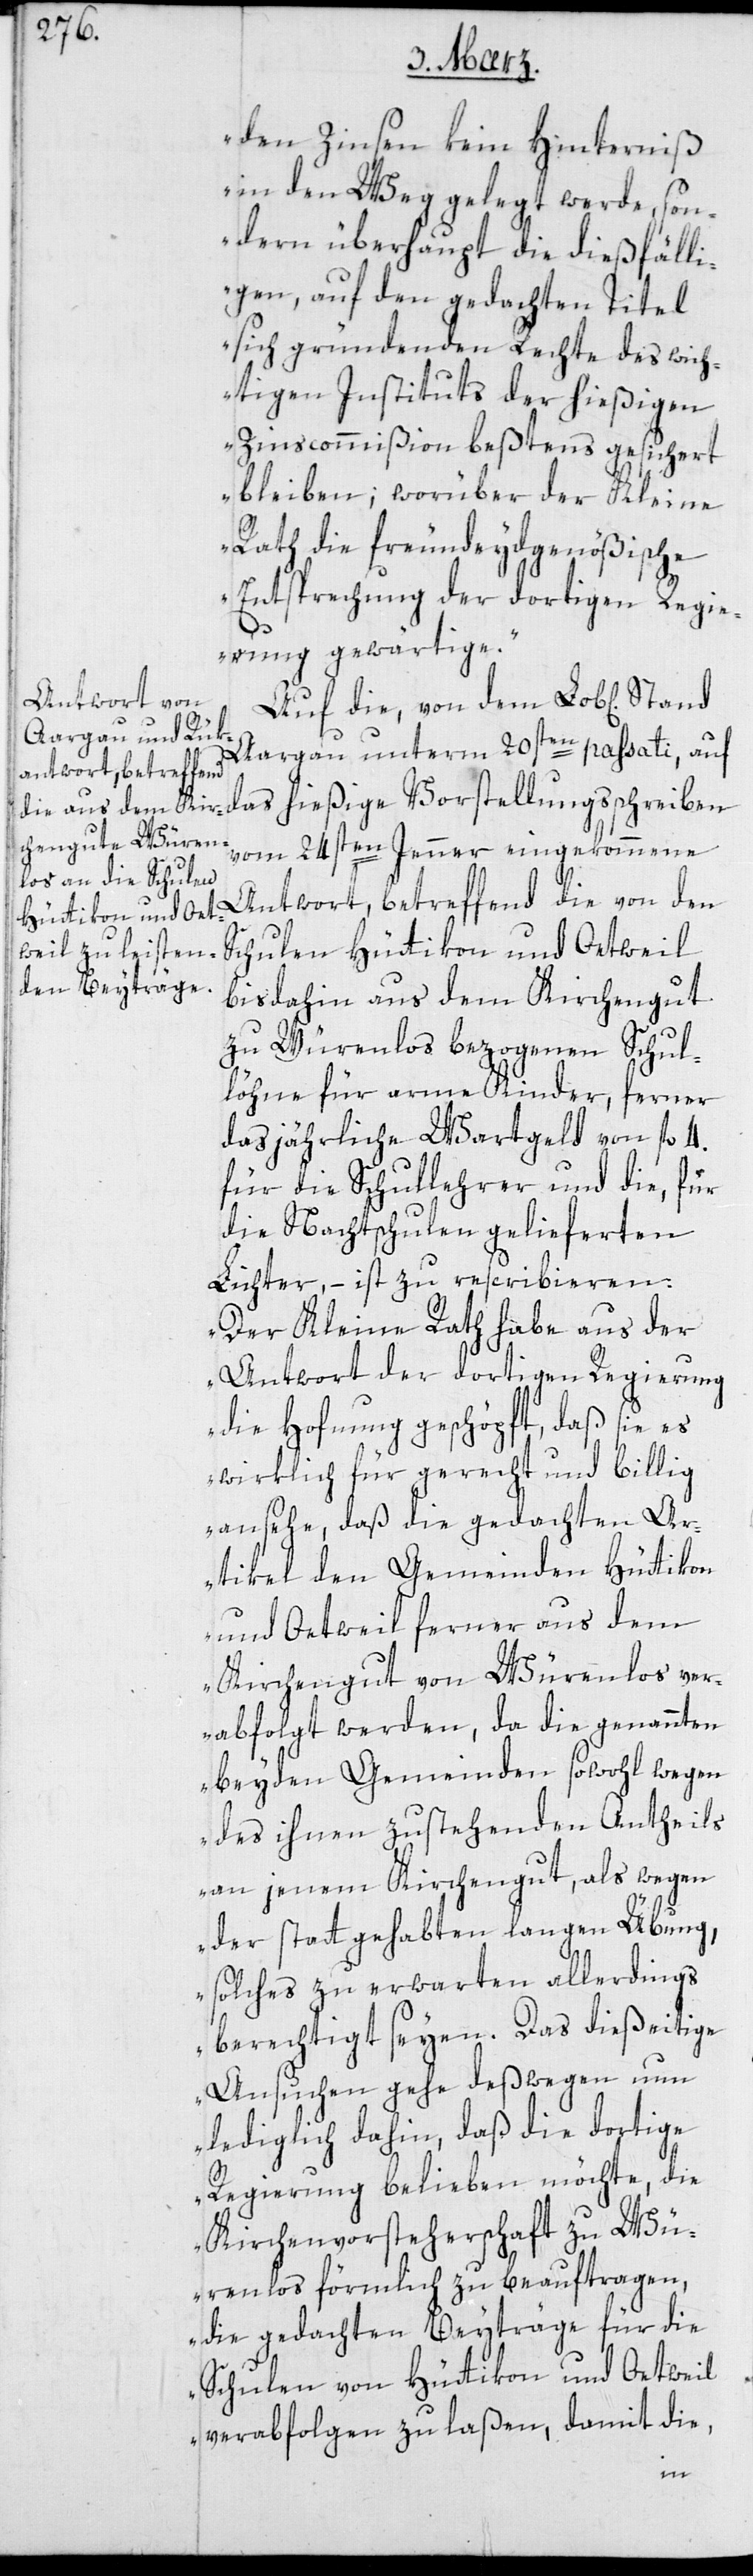
den Zinsen kein Hindernis
in den Weg gelegt werde, son¬
dern überhaupt die dießfälli¬
gen, auf den gedachten Titel
sich gründenden Rechte des wich¬
tigen Instituts der hießigen
Zinscommißion beßtens gesichert
bleiben, worüber der Kleine
Rath die freundeydgenößische
Entsprechung der dortigen Regie¬
rung gewärtige“.
Auf die, von dem Lob[lichen]
Aargau unterm 20sten passati, auf
das hießige Vorstellungsschreiben
vom 24sten Jenner eingekommene
Antwort, betreffend die von den
Schulen Hüttikon und Oetweil
bis dahin aus dem Kirchengut
zu Würenlos bezogenen Schul¬
löhne für arme Kinder, ferner
das jährliche Wartgeld von fl. 4.
für die Schullehrer und die, für
die Nachtschulen gelieferten
Lichter, – ist zu rescribieren:
„Der Kleine Rath habe aus der
Antwort der dortigen Regierung
die Hoffnung geschöpft, daß sie es
wirklich für gerecht und billig
ansehe, daß die gedachten Ar¬
tikel den Gemeinden Hüttikon
und Oetwil ferner aus dem
Kirchgut von Würenlos ver¬
abfolgt werden, da die genannten
beyden Gemeinden sowohl wegen
des ihnen zustehenden Antheils
an jenem Kirchengut, als wegen
der statt gehabten langen Übung,
solches zu erwarten allerdings
berechtigt seyen. Das dießeitige
Ansuchen gehe deßwegen nun
lediglich dahin, daß die dortige
Regierung belieben möchte, die
Kirchenvorsteherschaft zu Wü¬
renlos förmlich zu beauftragen,
die gedachten Beyträge für die
Schulen von Hüttikon und Oetwil
verabfolgen zu laßen, damit die